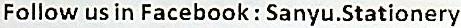
FOLLOW US IN FACEBOOK : SANYU.STATIONERY